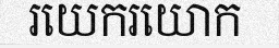
រយេករយោក